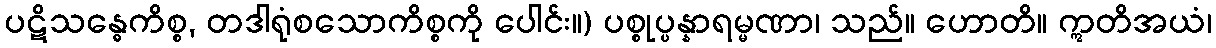
ပဋိသန္ဓေကိစ္စ, တဒါရုံစသောကိစ္စကို ပေါင်း။) ပစ္စုပ္ပန္နာရမ္မဏာ၊ သည်။ ဟောတိ။ ဣတိအယံ၊